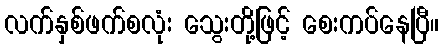
လက်နှစ်ဖက်စလုံး သွေးတို့ဖြင့် စေးကပ်နေပြီ။